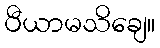
ပီယာမသိချေ။